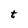
Character: t